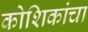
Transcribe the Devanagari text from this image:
कोशिकांचा